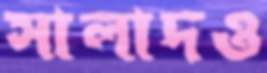
সালাদও